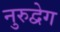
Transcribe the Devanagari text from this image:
नुरुद्वेग